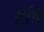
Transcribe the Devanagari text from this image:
हृषि